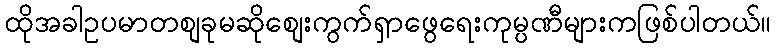
ထိုအခါဥပမာတစျခုမဆိုစျေးကွက်ရှာဖွေရေးကုမ္ပဏီများကဖြစ်ပါတယ်။